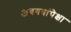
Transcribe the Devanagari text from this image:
अवयवांपेक्षा